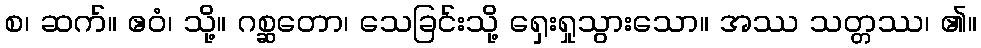
စ၊ ဆက်။ ဧဝံ၊ သို့။ ဂစ္ဆတော၊ သေခြင်းသို့ ရှေးရှုသွားသော။ အဿ သတ္တဿ၊ ၏။